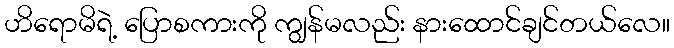
ဟိရောမိရဲ့ ပြောစကားကို ကျွန်မလည်း နားထောင်ချင်တယ်လေ။